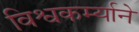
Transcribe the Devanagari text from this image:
विश्वकर्म्याने